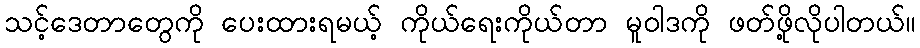
သင့်ဒေတာတွေကို ပေးထားရမယ့် ကိုယ်ရေးကိုယ်တာ မူဝါဒကို ဖတ်ဖို့လိုပါတယ်။